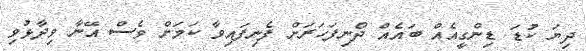
ދިޔަ ކުޑަ ޑިންގީއެއް ބައެއް ދޯނިފަހަރަށް ފެނިފައިވާ ކަމަށް ވެސް އޭނާ ވިދާޅުވި